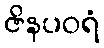
ဇိနပဝရံ